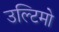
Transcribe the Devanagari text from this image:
उल्टिमो